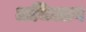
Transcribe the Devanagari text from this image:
अभिलाग